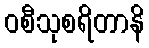
ဝစီသုစရိတာနိ